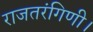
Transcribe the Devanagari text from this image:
राजतरंगिणी।